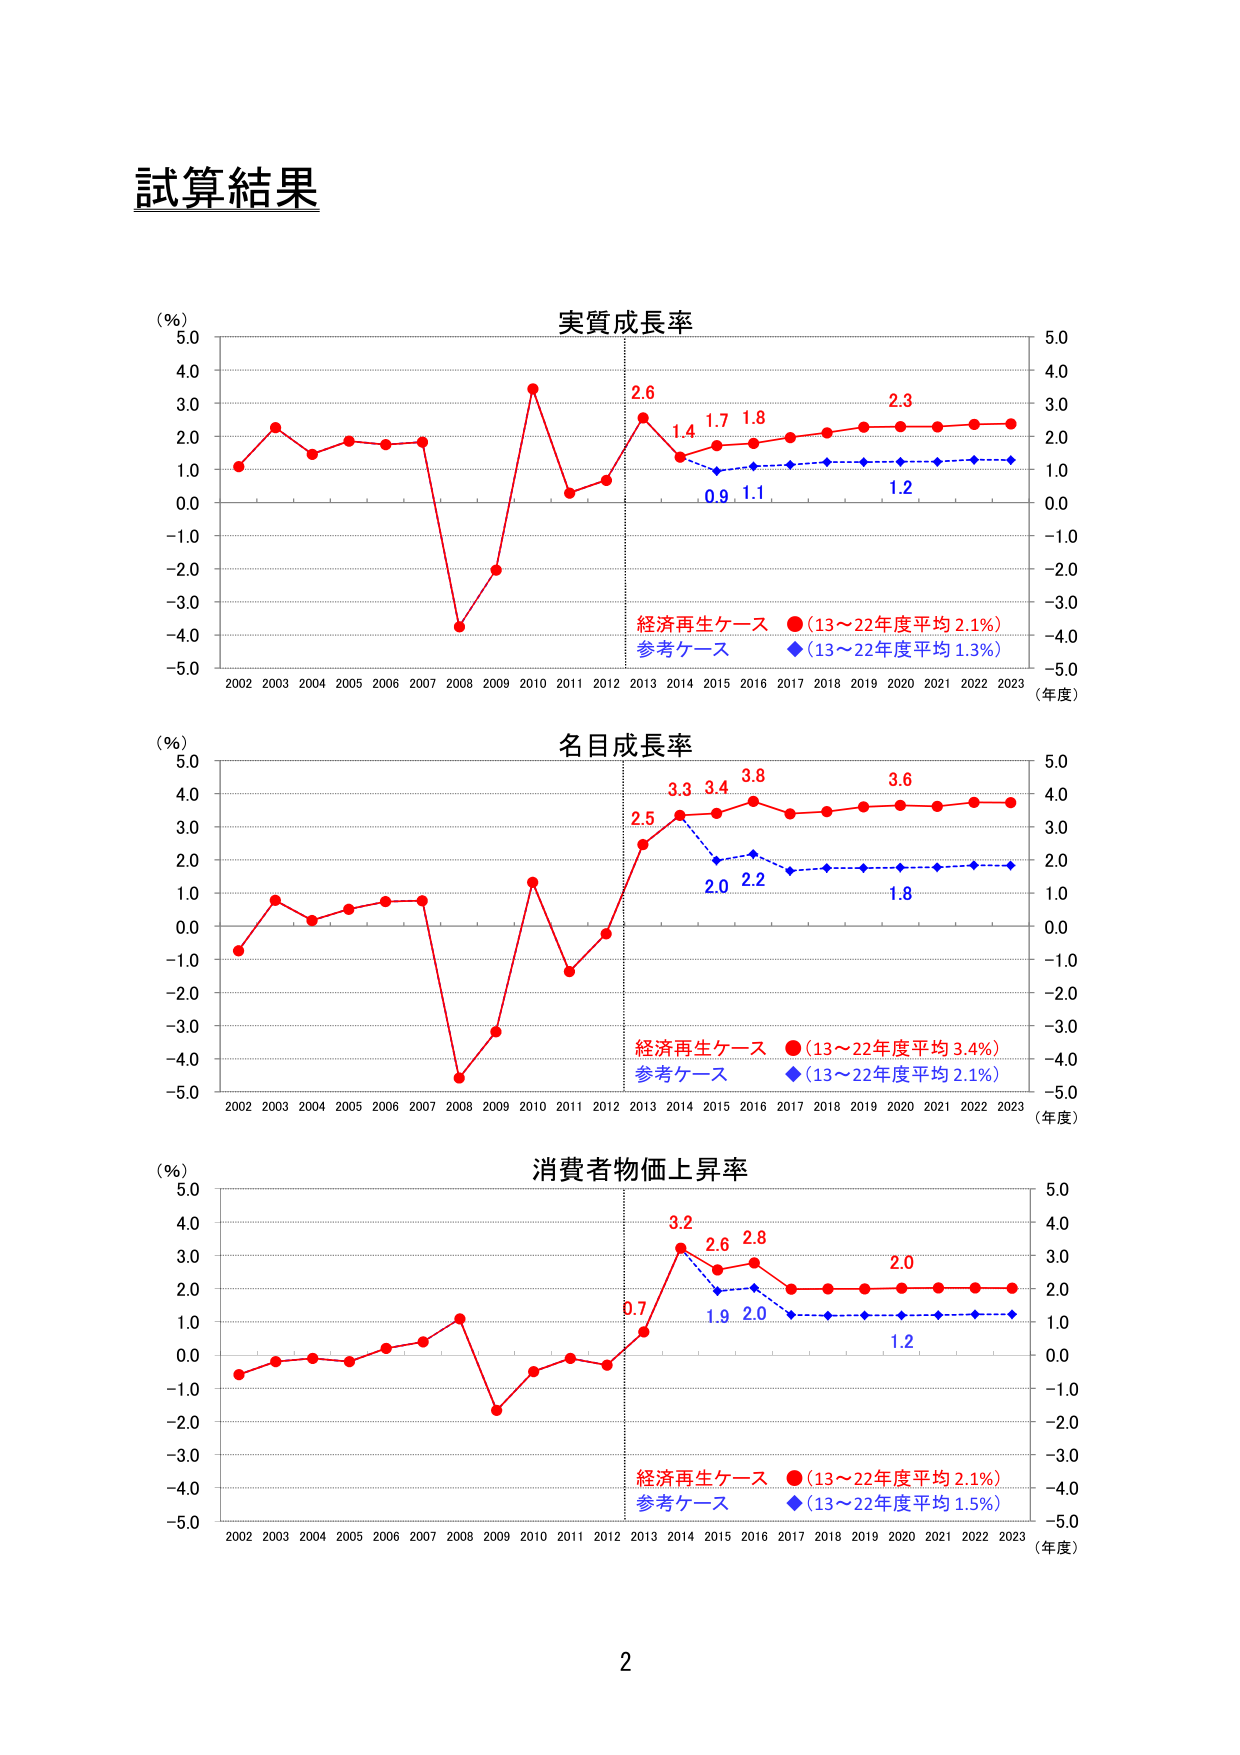
試算結果

（％）
実質成長率
5.0
4.0
3.0
2.0
1.0
0.0
-1.0
-2.0
-3.0
-4.0
-5.0
2002 2003 2004 2005 2006 2007 2008 2009 2010 2011 2012 2013 2014 2015 2016 2017 2018 2019 2020 2021 2022 2023
（年度）
2.6
1.4
1.7
1.8
2.3
0.9
1.1
1.2
経済再生ケース ●（13～22年度平均 2.1%）
参考ケース ◆（13～22年度平均 1.3%）
5.0
4.0
3.0
2.0
1.0
0.0
-1.0
-2.0
-3.0
-4.0
-5.0

（％）
名目成長率
5.0
4.0
3.0
2.0
1.0
0.0
-1.0
-2.0
-3.0
-4.0
-5.0
2002 2003 2004 2005 2006 2007 2008 2009 2010 2011 2012 2013 2014 2015 2016 2017 2018 2019 2020 2021 2022 2023
（年度）
2.5
3.3
3.4
3.8
3.6
2.0
2.2
1.8
経済再生ケース ●（13～22年度平均 3.4%）
参考ケース ◆（13～22年度平均 2.1%）
5.0
4.0
3.0
2.0
1.0
0.0
-1.0
-2.0
-3.0
-4.0
-5.0

（％）
消費者物価上昇率
5.0
4.0
3.0
2.0
1.0
0.0
-1.0
-2.0
-3.0
-4.0
-5.0
2002 2003 2004 2005 2006 2007 2008 2009 2010 2011 2012 2013 2014 2015 2016 2017 2018 2019 2020 2021 2022 2023
（年度）
0.7
3.2
2.6
2.8
2.0
1.9
2.0
1.2
経済再生ケース ●（13～22年度平均 2.1%）
参考ケース ◆（13～22年度平均 1.5%）
5.0
4.0
3.0
2.0
1.0
0.0
-1.0
-2.0
-3.0
-4.0
-5.0

2